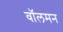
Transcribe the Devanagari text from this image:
वॉलमन